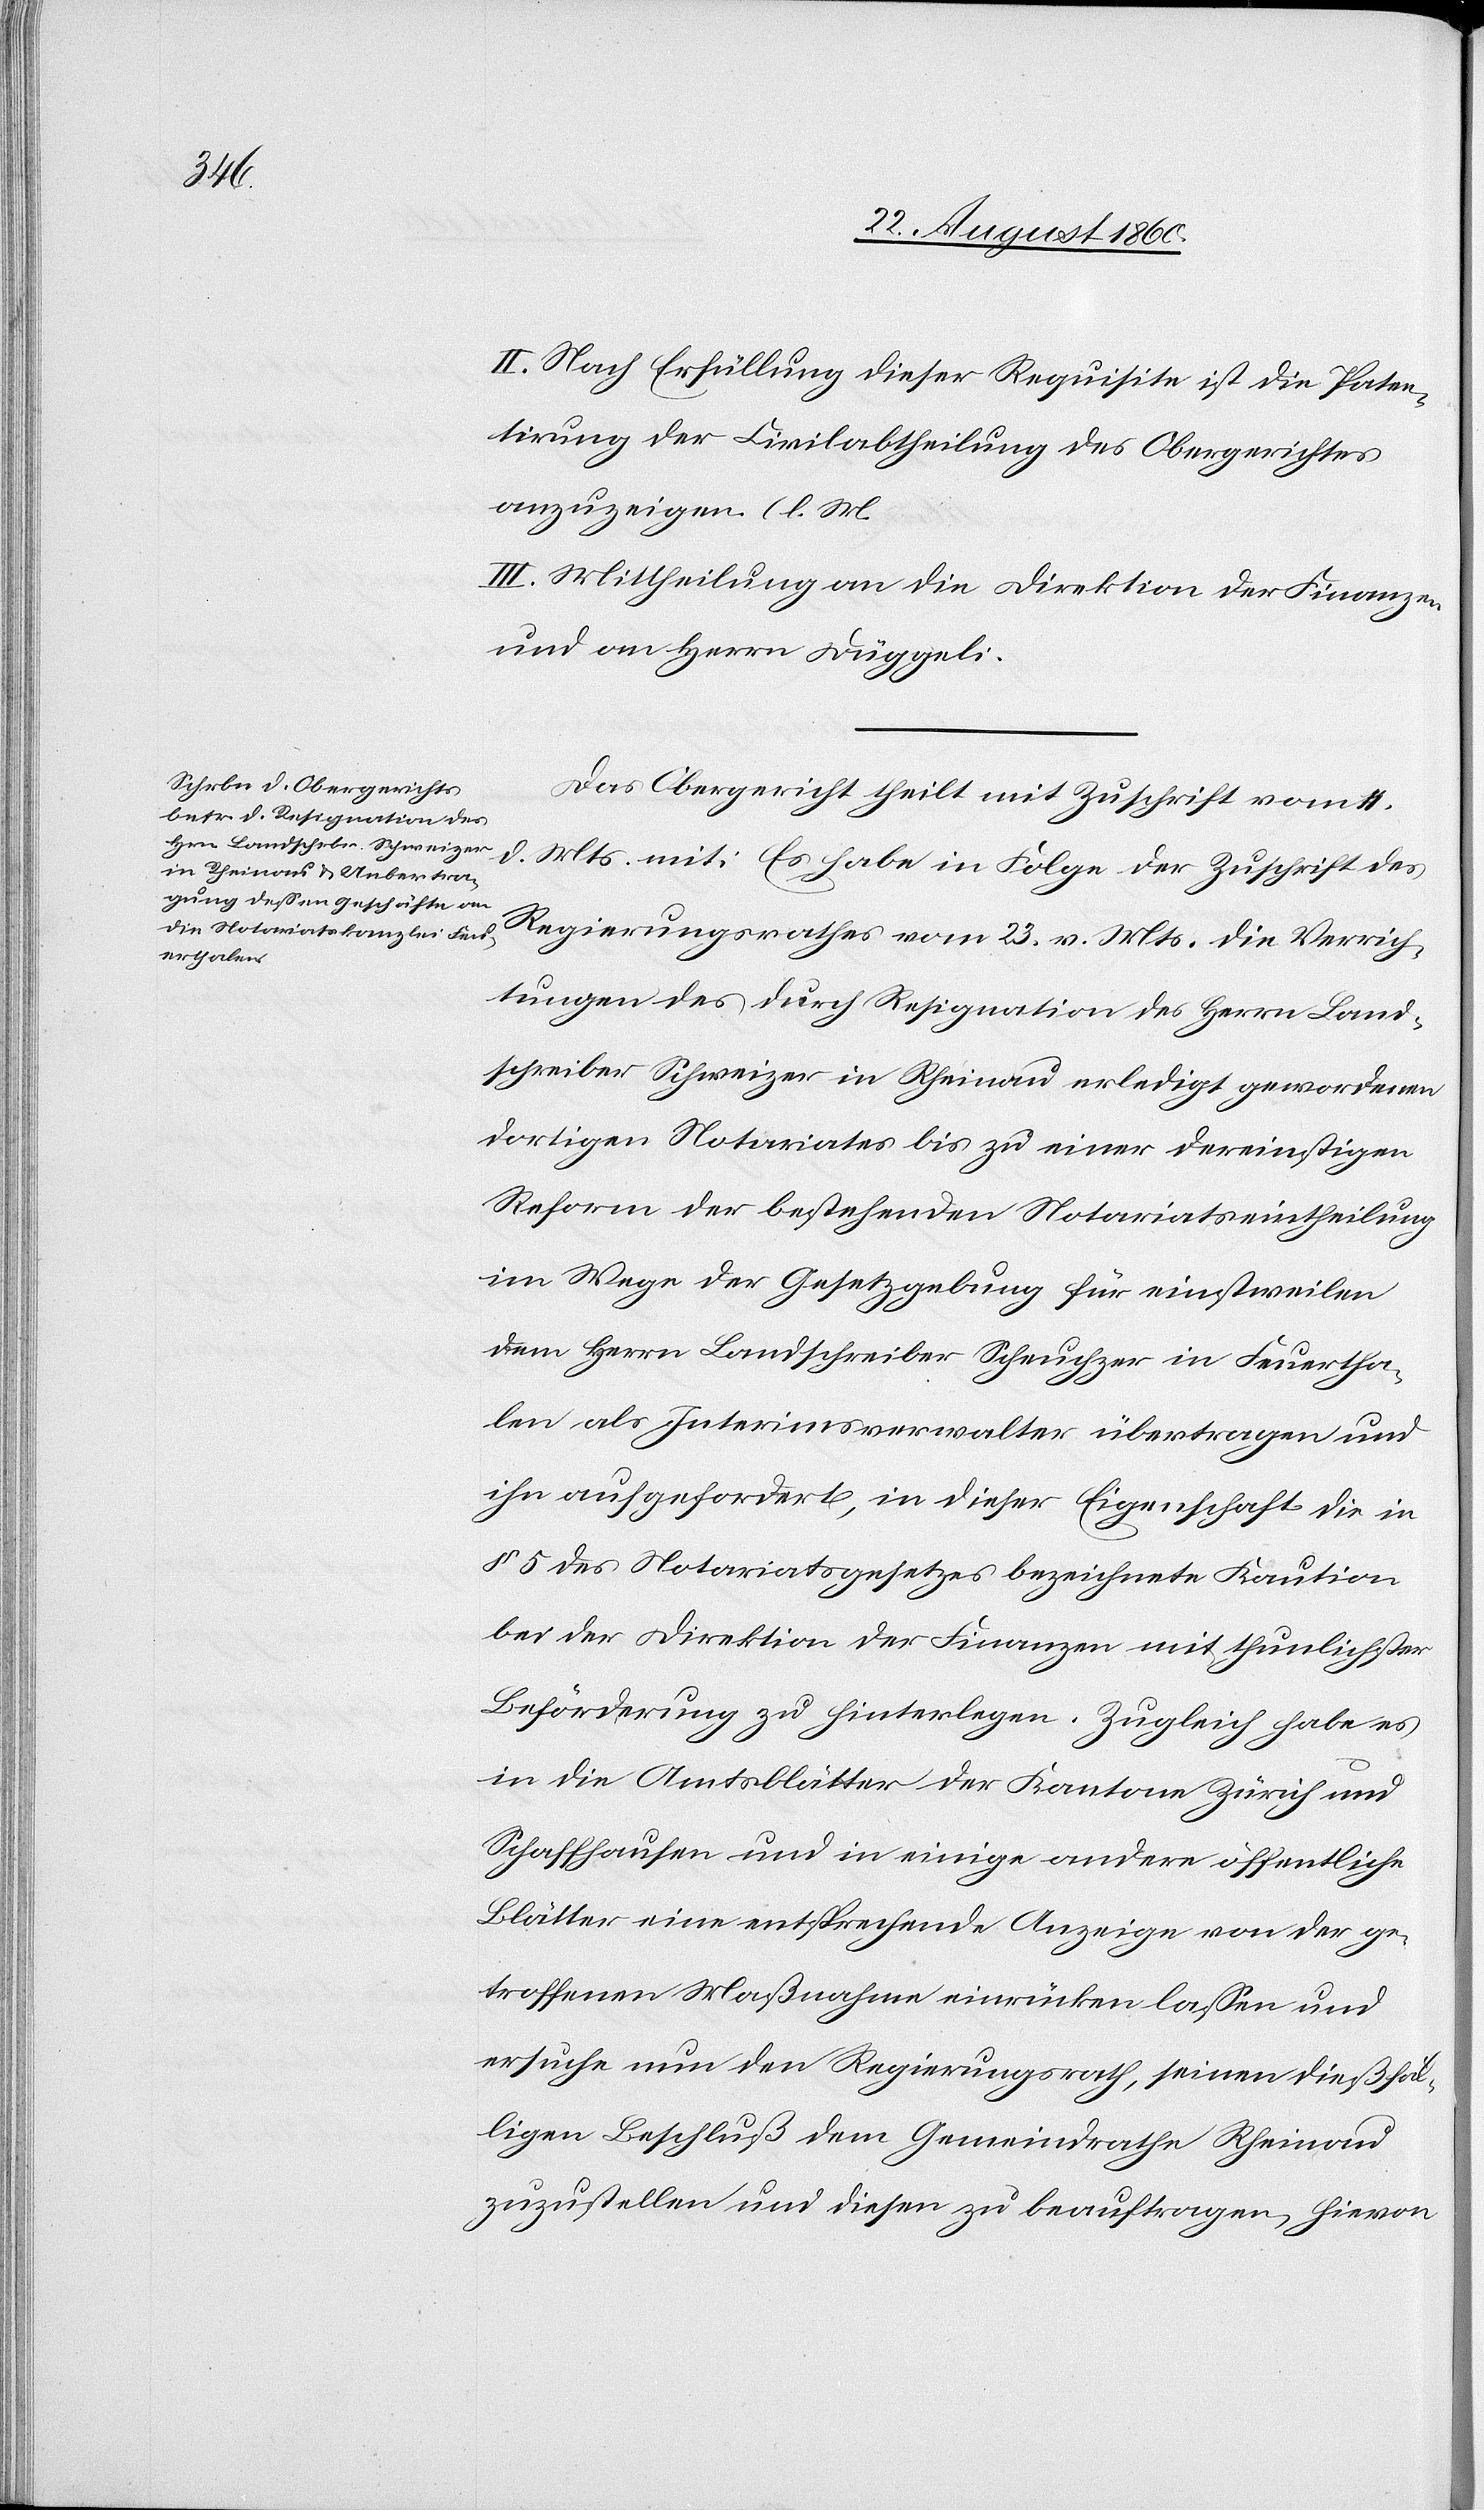
II. Nach Erfüllung dieser Requisite ist die Paten¬
tirung der Civilabtheilung des Obergerichtes
anzuzeigen. (l. M.
III. Mittheilung an die Direktion der Finanzen
und an Herrn Düggeli.
Das Obergericht theilt mit Zuschrift vom 11.
d. Mts. mit: Es habe in Folge der Zuschrift des
Regierungsrathes vom 23. v. Mts. die Verrich¬
tungen des durch Resignation des Herrn Land¬
schreiber Schweizer in Rheinau erledigt gewordenen
dortigen Notariates bis zu einer der einstigen
Reform der bestehenden Notariatseintheilung
im Wege der Gesetzgebung für einstweilen
dem Herrn Landschreiber Scheuchzer in Feuertha¬
len als Interimsverwalter übertragen u.
ihn aufgefordert, in dieser Eigenschaft die in
§. 5 des Notariatsgesetzes bezeichnete Kaution
bei der Direktion der Finanzen mit thunlichster
Beförderung zu hinterlegen. Zugleich habe es
in die Amtsblätter der Kantone Zürich u.
Schaffhausen und in einige andere öffentliche
Blätter eine entsprechende Anzeige von der ge¬
troffenen Massnahme einrücken lassen und
ersuche nun den Regierungsrath, seinen diesfäl¬
ligen Beschluss dem Gemeindrathe Rheinau
zuzustellen und diesen zu beauftragen, hievon